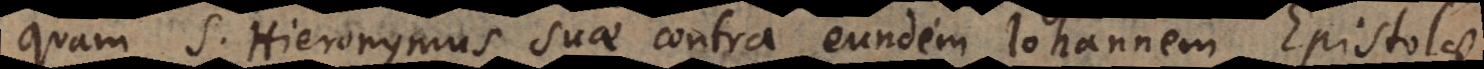
quam S. Hieronymus suae contra eundem Johannem Epistolae